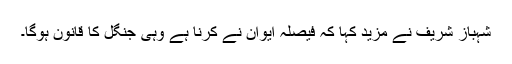
شہباز شریف نے مزید کہا کہ فیصلہ ایوان نے کرنا ہے وہی جنگل کا قانون ہوگا۔